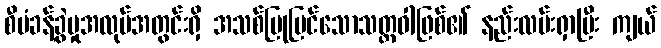
စီမံခန့်ခွဲမှုအလုပ်အတွင်းရှိ အသစ်ပြုပြင်သောသတ္တဝါဖြစ်၏ နည်းလမ်းရှာပြီး ကျယ်